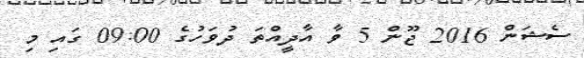
ސެޝަން 2016 ޖޫން 5 ވާ އާދީއްތަ ދުވަހުގެ 09:00 ގައި މި